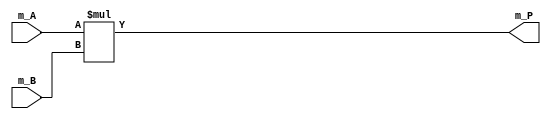
module multiply (m_A, m_B, m_P);

    input [24:0] m_A, m_B;
    output [49:0] m_P;

    assign m_P = m_A * m_B;

endmodule